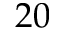
2 0